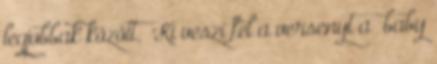
legjobbak között.” Ki veszi fel a versenyt a „baby